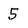
Character: 5